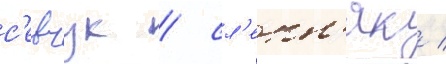
с'евчук / сл'епн'як /